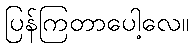
ပြန်ကြတာပေါ့လေ။